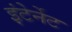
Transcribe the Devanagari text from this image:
इंटेर्नेट